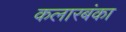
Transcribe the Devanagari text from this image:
कलारबंका